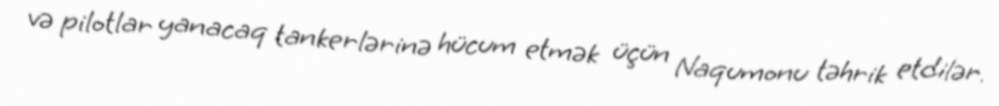
və pilotlar yanacaq tankerlərinə hücum etmək üçün Naqumonu təhrik etdilər.